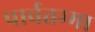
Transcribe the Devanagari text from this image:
पार्वतम्मा